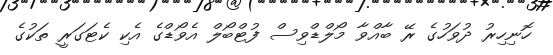
ހޮނިހިރު ދުވަހުގެ ރޭ ބާއްވާ މޯލްޑްވިސް ފުޓްބޯލް އެވޯޑްގެ އެކި ކެޓަގަރީ ތަކުގެ